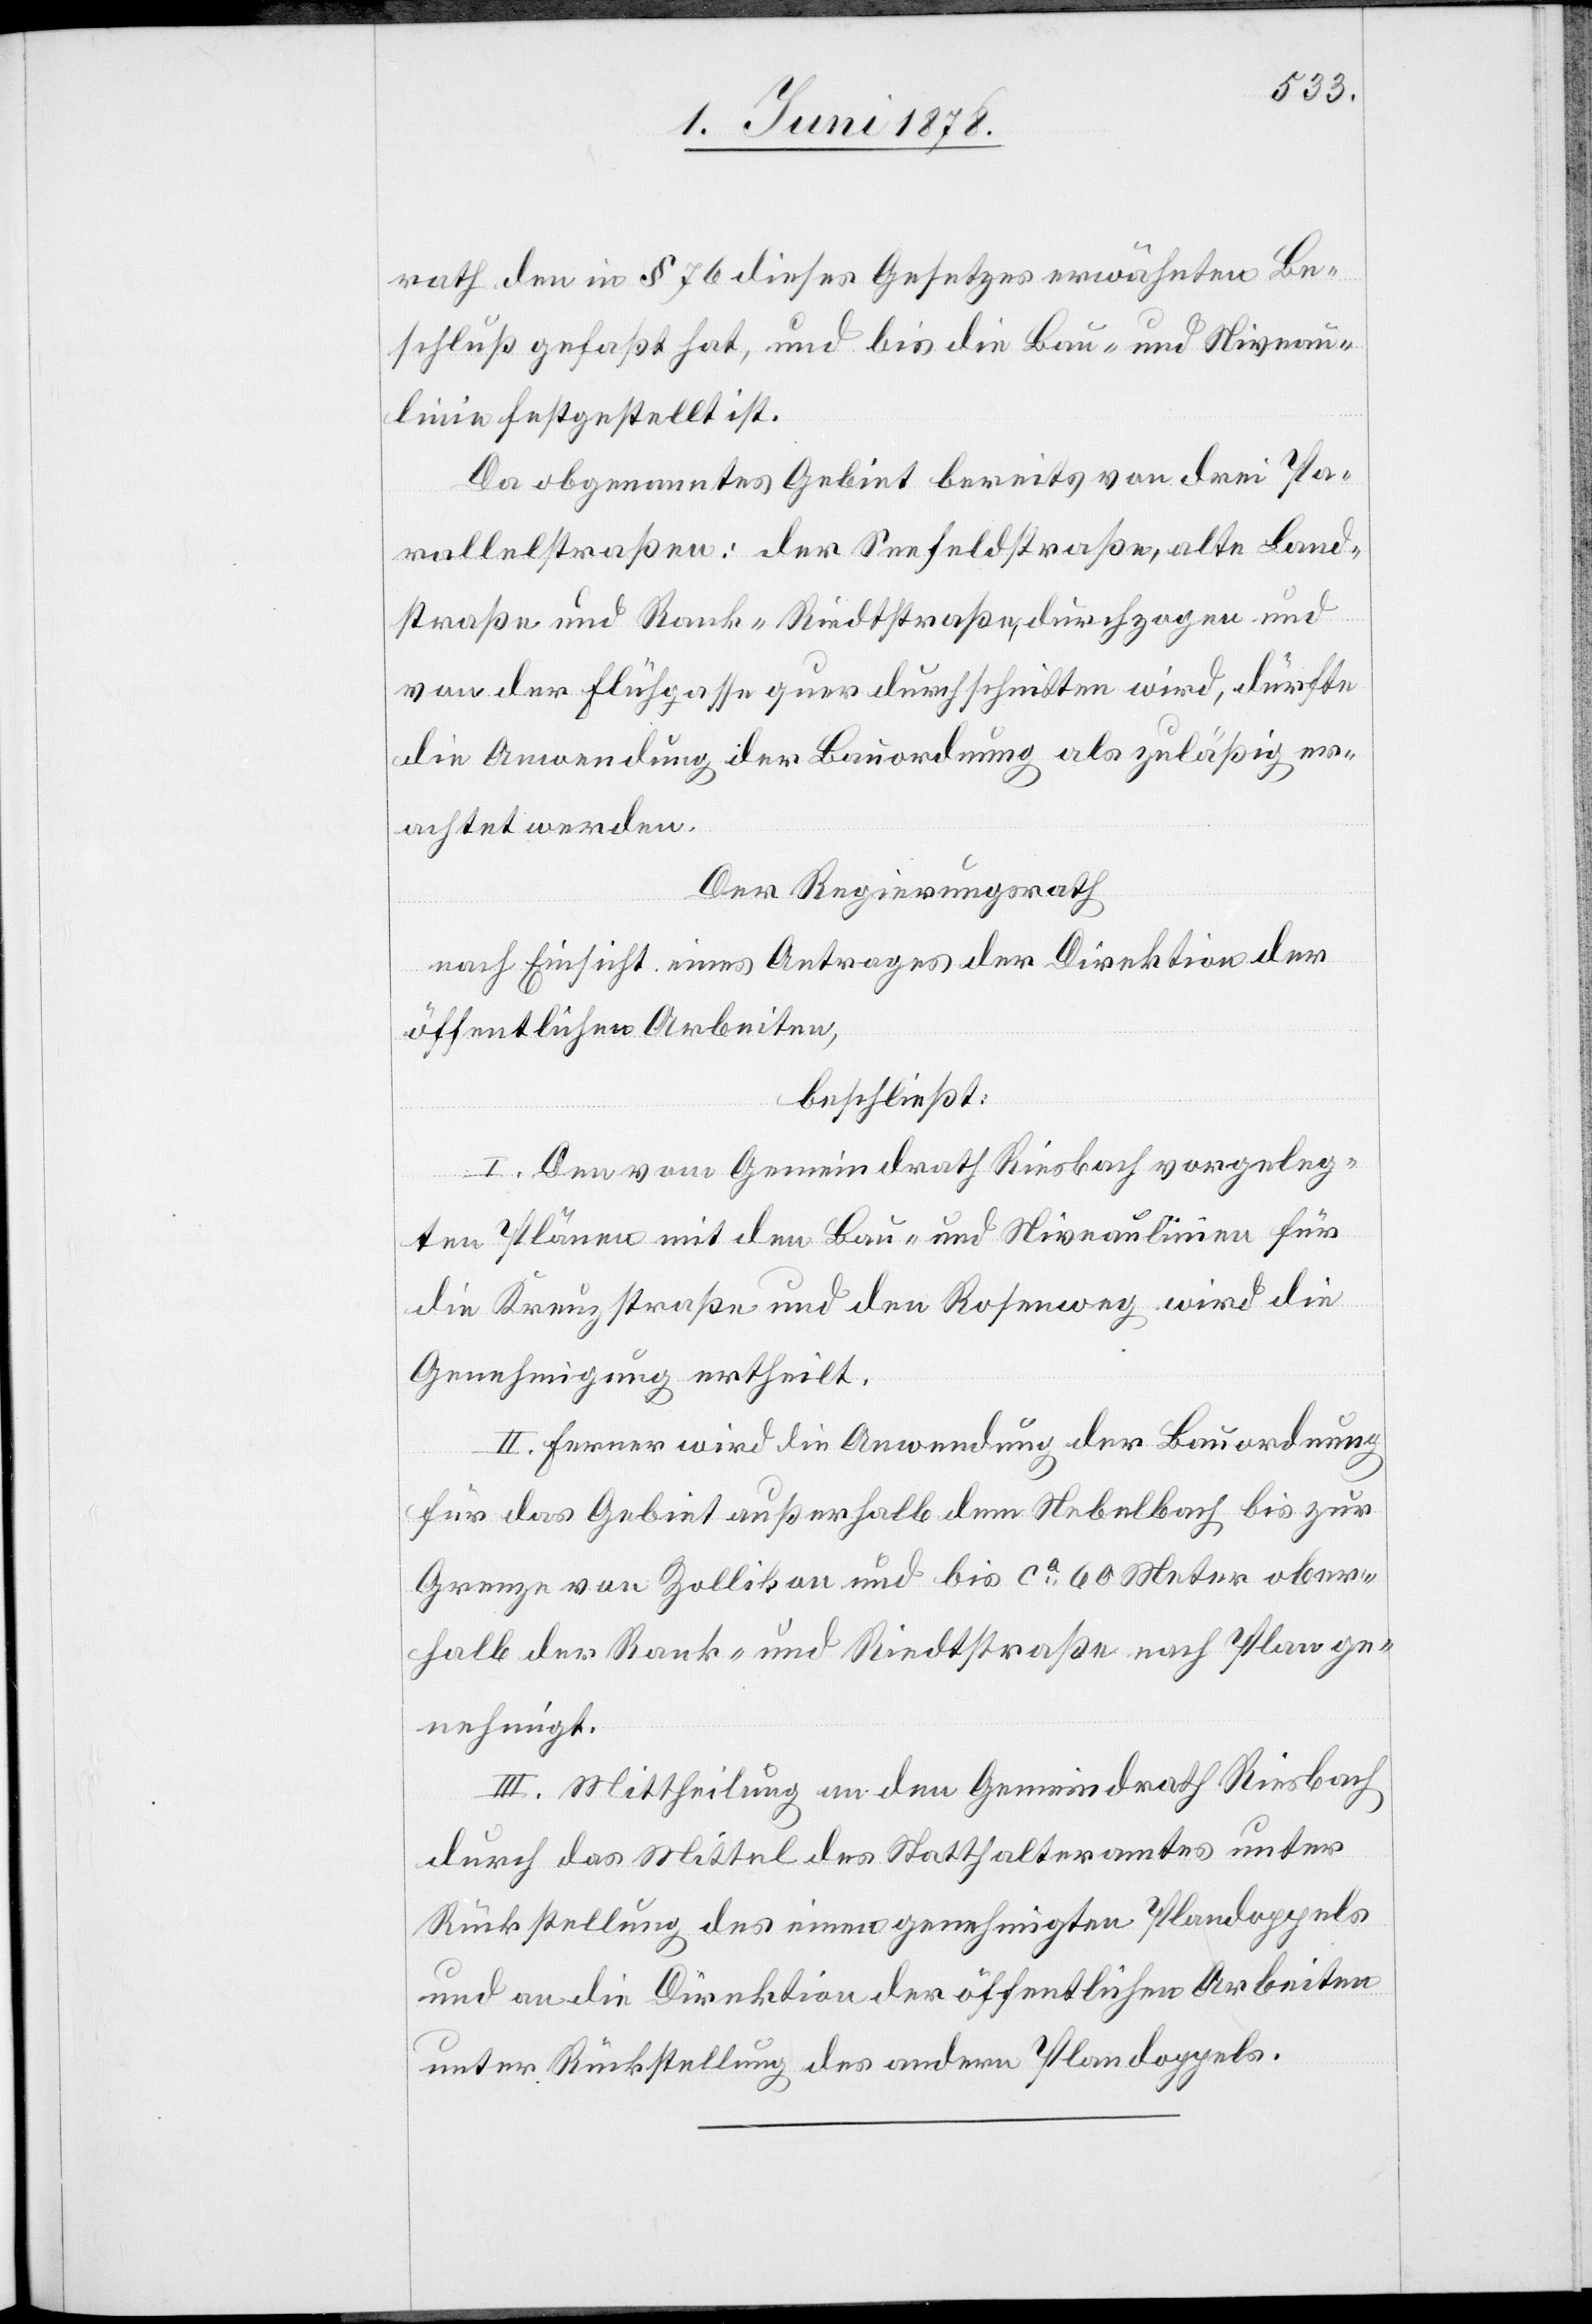
rath den in § 76 dieses Gesetzes erwähnten Be¬
schluß gefaßt hat, und bis die Bau- und Niveau¬
linie festgestellt ist.
Da obgenanntes Gebiet bereits von drei Pa¬
rallelstraßen: der Seefeldstraße, alte Land¬
straße und Rank-Riedstraße, durchzogen und
von der Flühgasse quer durchschnitten wird, dürfte
die Anwendung der Bauordnung als zulässig er¬
achtet werden.
Der Regierungsrath
nach Einsicht eines Antrages der Direktion der
öffentlichen Arbeiten,
beschließt:
I. Den vom Gemeindrath Riesbach vorgeleg¬
ten Plänen mit den Bau- und Niveaulinien für
die Kreuzstraße und den Rosenweg wird die
Genehmigung ertheilt.
II. Ferner wird die Anwendung der Bauordnung
für das Gebiet außerhalb dem Nebelbach bis zur
Grenze von Zollikon und bis ca 60 Meter ober¬
halb der Rank- und Riedstraße nach Plan ge¬
nehmigt.
III. Mittheilung an den Gemeindrath Riesbach
durch das Mittel des Statthalteramtes unter
Rückstellung des einen genehmigten Plandoppels
und an die Direktion der öffentlichen Arbeiten
unter Rückstellung des andern Plandoppels.